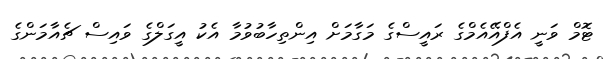
ޓޮމް ވަނީ އެފްއޭއެމްގެ ރައީސްގެ މަގާމަށް އިންތިހާބުވުމާ އެކު އީގަލްގެ ވައިސް ޗެއާމަންގެ